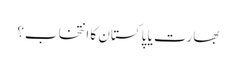
بھارت یا پاکستان کا انتخاب؟